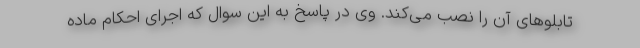
تابلوهای آن را نصب می‌کند. وی در پاسخ به این سوال که اجرای احکام ماده